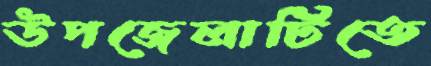
উপজেলাটিতে